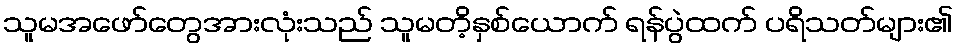
သူမအဖော်တွေအားလုံးသည် သူမတိ့နှစ်ယောက် ရန်ပွဲထက် ပရိသတ်များ၏